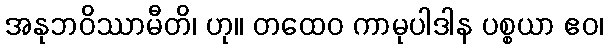
အနုဘဝိဿာမီတိ၊ ဟု။ တထေဝ ကာမုပါဒါန ပစ္စယာ ဧဝ၊